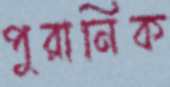
পুরানিক